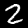
Digit: 2